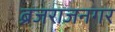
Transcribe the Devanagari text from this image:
ब्रजराजनगर